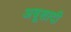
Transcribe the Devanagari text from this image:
अबूशादी